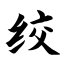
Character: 绞